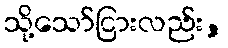
သို့သော်ငြားလည်း,